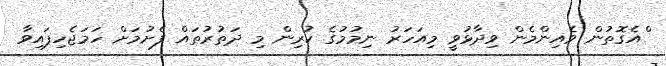
ްއެގޮތުން ވެއިންމެން ވިދާޅުވީ މިއަހަރު ނިމުމުގެ ކުރިން މި ދަތުރުތައް ފެށުމަށް ހަމަޖެހިފައިވާ